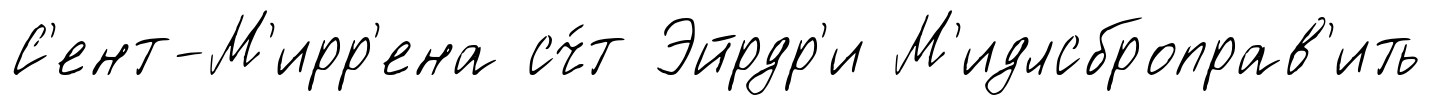
С'ент-М'ирр'ена сч́т Эйрдр'и М'идлсброправ'ить